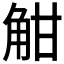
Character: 𧣑